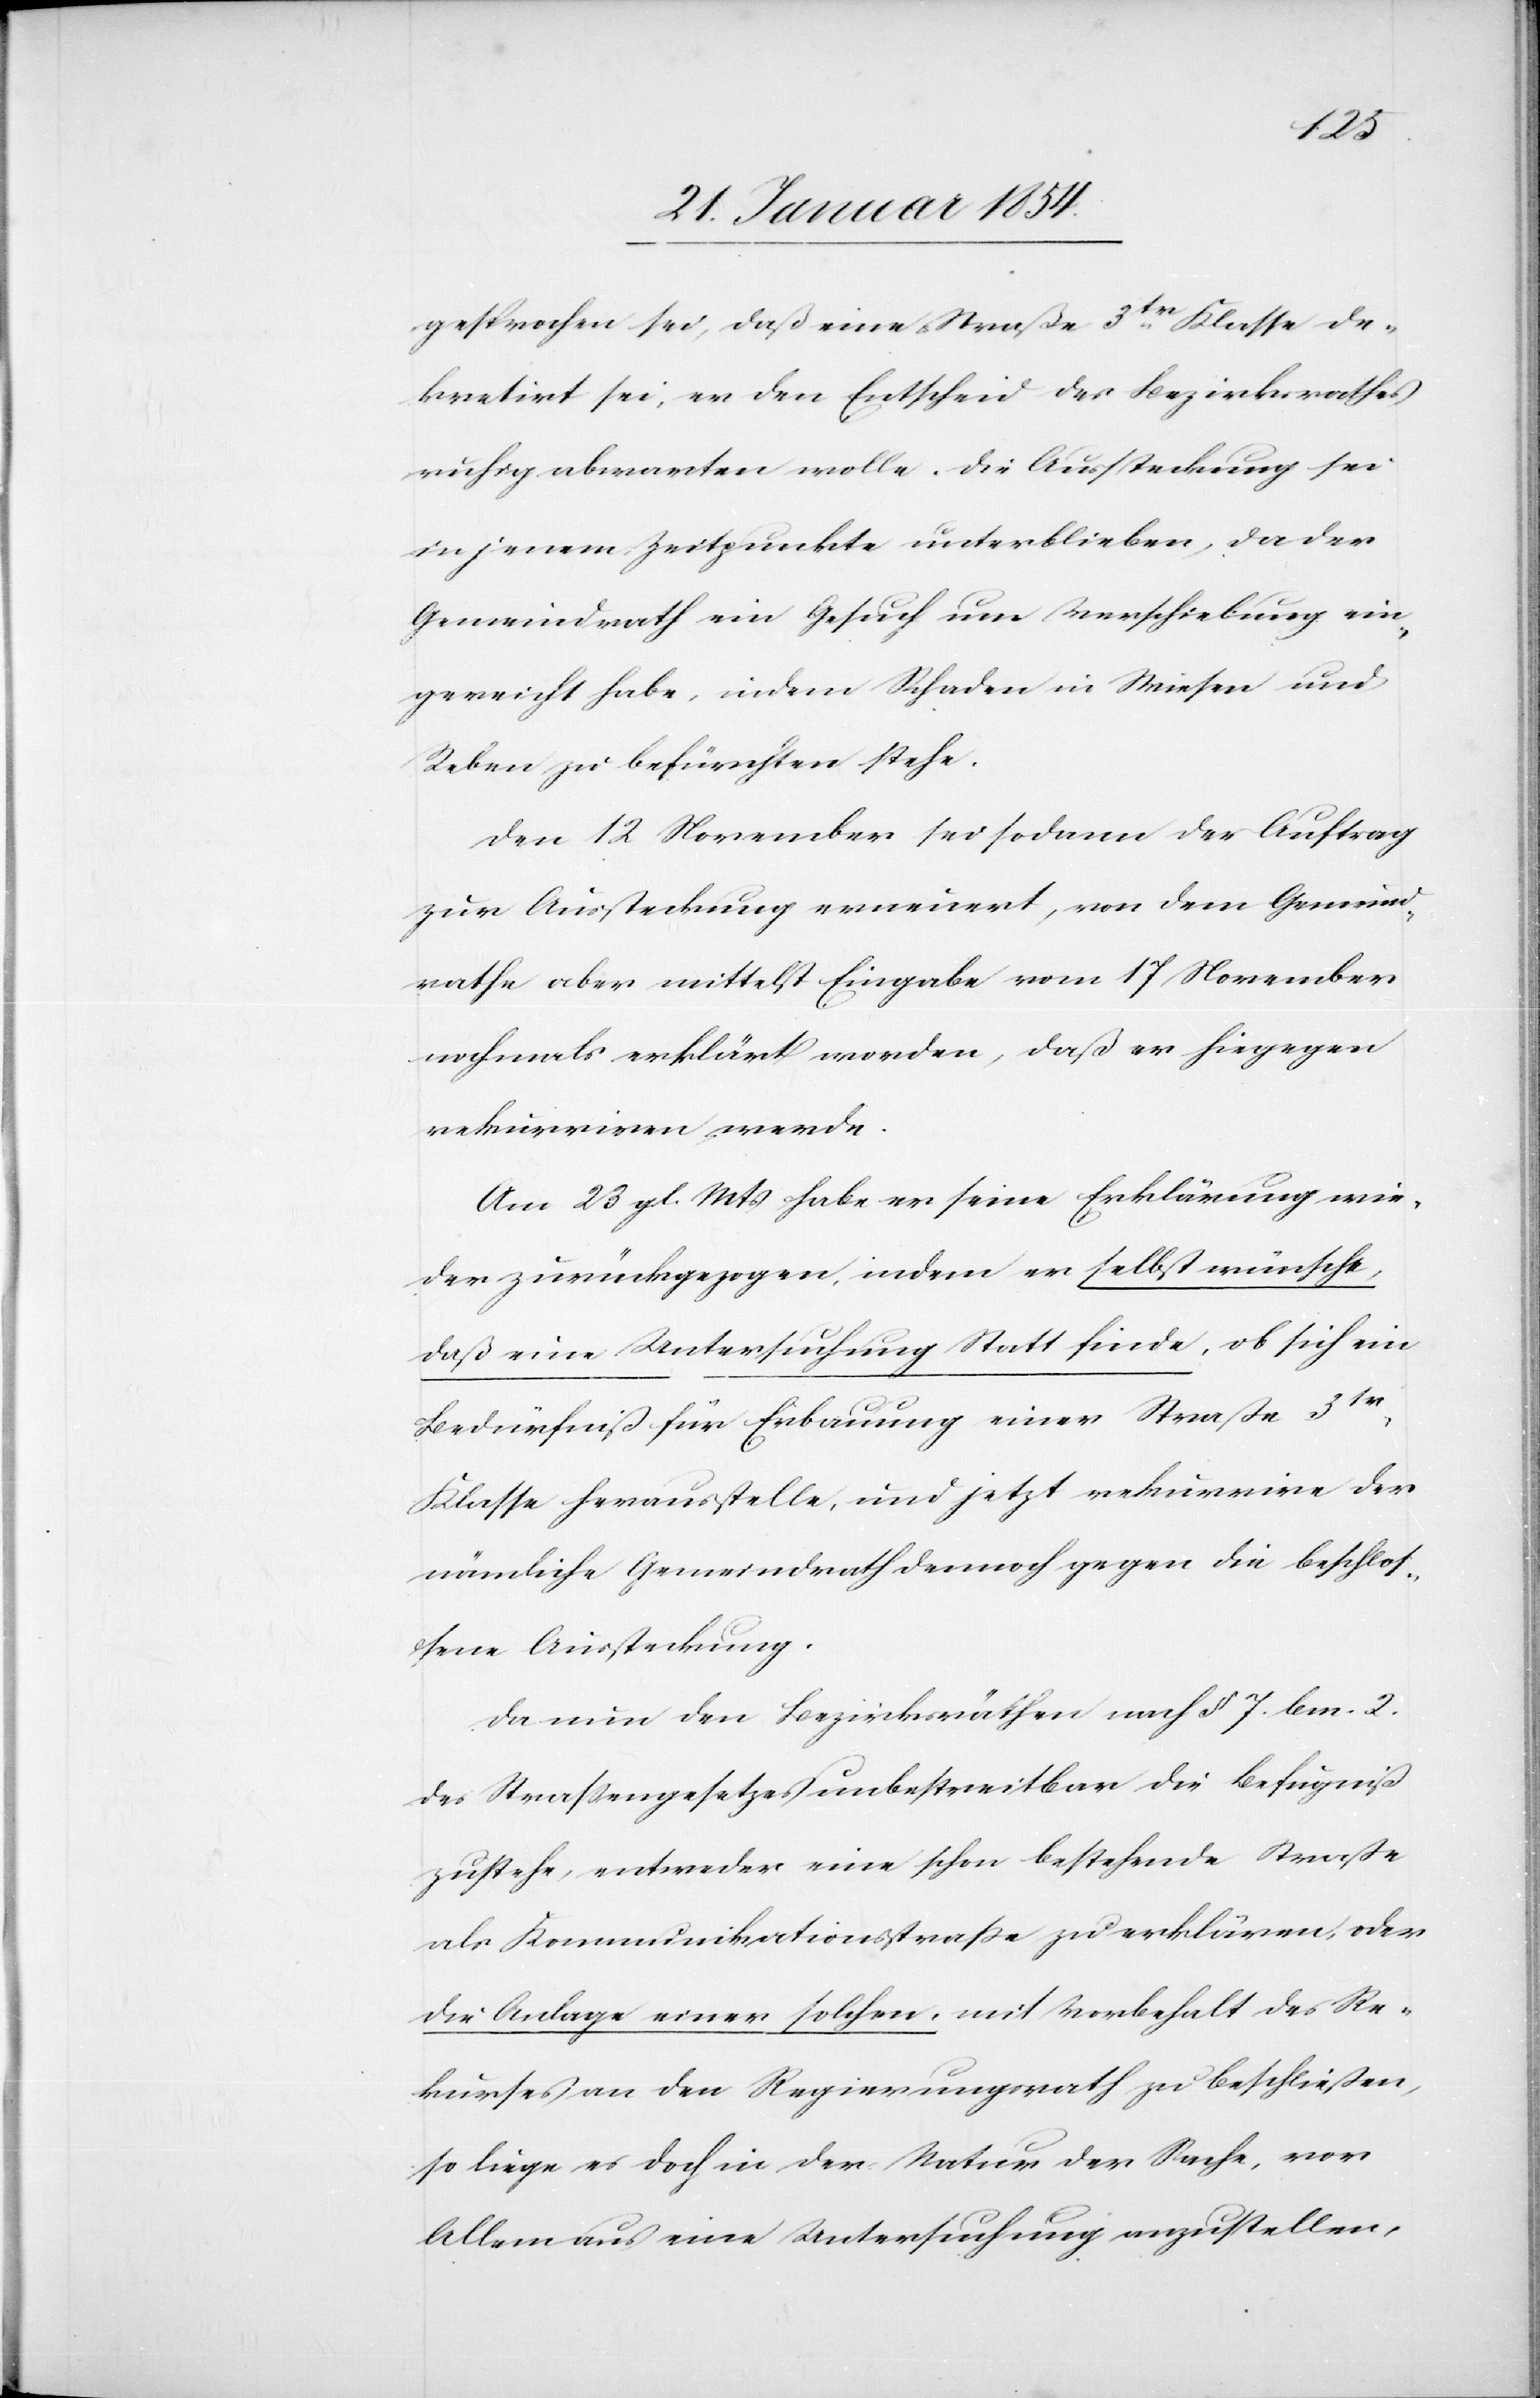
gesprochen sei, daß eine Straße 3tr Klasse de¬
kretirt sei, er den Entscheid des Bezirksrathes
ruhig abwarten wolle. Die Aussteckung sei
in jenem Zeitpunkte unterblieben, da der
Gemeindrath ein Gesuch um Verschiebung ein¬
gereicht habe, indem Schaden in Wiesen und
Reben zu befürchten stehe.
Den 12 November sei sodann der Auftrag
zur Aussteckung erneuert, von dem Gemeind¬
rathe aber mittelst Eingabe vom 17 November
nochmals erklärt worden, daß er hingegen
rekurriren werde.
Am 23 gl. Mts habe er seine Erklärung wie¬
der zurückgezogen, indem er selbst wünsche,
daß eine Untersuchung Statt finde, ob gleich ein
Bedürfniß für Erbauung einer Straße 3tr
Klasse herausstelle, und jetzt rekurrire der
nämliche Gemeindrath demnach gegen die beschlos¬
sene Aussteckung.
Da nun den Bezirksräthen nach § 7. bm. 2.
des Straßengesetzes unbestreitbar die Befugniß
zustehe, entweder eine schon bestehende Straße
als Kommunikationsstraße zu erklären, oder
die Anlage einer solchen, mit Vorbehalt des Re¬
kurses an den Regierungsrath zu beschließen,
so liege es doch in der Natur der Sache, von
Allem aus eine Untersuchung anzustellen,